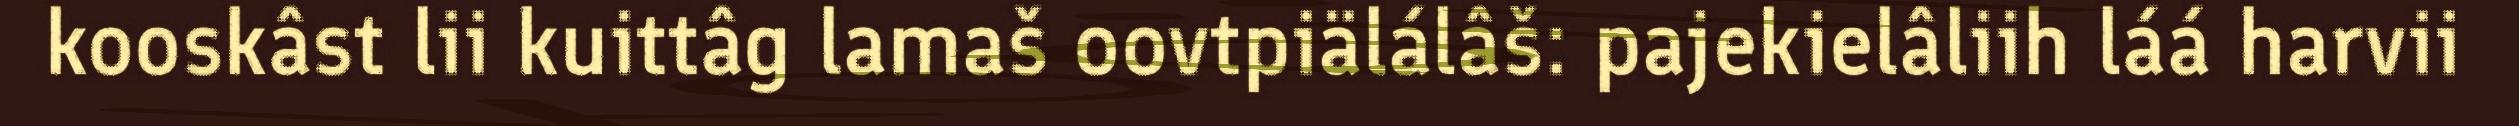
kooskâst lii kuittâg lamaš oovtpiälálâš: pajekielâliih láá harvii